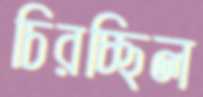
চিরচ্ছিল